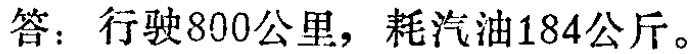
答：行驶800公里，耗汽油184公斤。